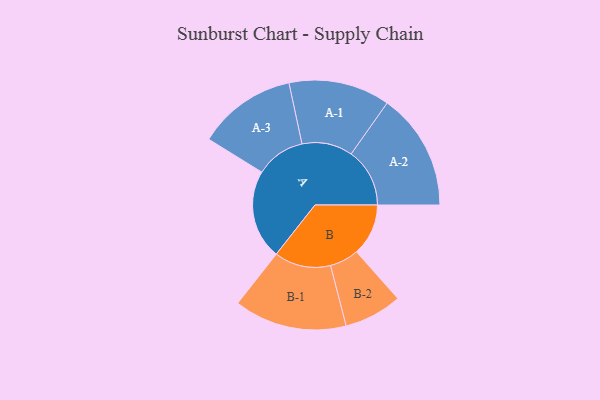
{"axis": {"x": "Segment", "y": "Value"}, "legend": ["", "A", "B"], "data": [{"x": "A", "y": 450, "type": ""}, {"x": "B", "y": 261, "type": ""}, {"x": "A-1", "y": 255, "type": "A"}, {"x": "A-2", "y": 295, "type": "A"}, {"x": "A-3", "y": 249, "type": "A"}, {"x": "B-1", "y": 284, "type": "B"}, {"x": "B-2", "y": 146, "type": "B"}]}